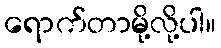
ရောက်တာမို့လို့ပါ။